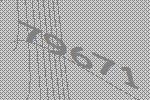
79671